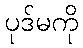
ပုဒ်မကို